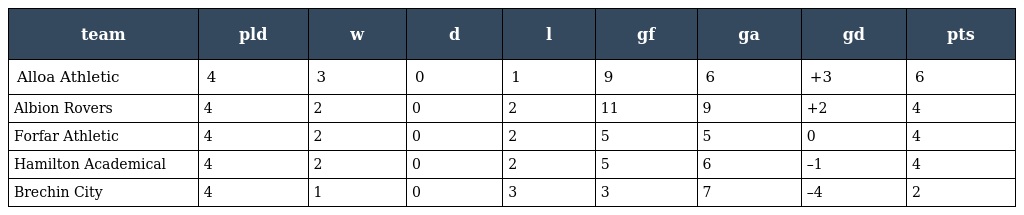
| team | pld | w | d | l | gf | ga | gd | pts |
 | --- | --- | --- | --- | --- | --- | --- | --- | --- |
 | Alloa Athletic | 4 | 3 | 0 | 1 | 9 | 6 | +3 | 6 |
 | Albion Rovers | 4 | 2 | 0 | 2 | 11 | 9 | +2 | 4 |
 | Forfar Athletic | 4 | 2 | 0 | 2 | 5 | 5 | 0 | 4 |
 | Hamilton Academical | 4 | 2 | 0 | 2 | 5 | 6 | –1 | 4 |
 | Brechin City | 4 | 1 | 0 | 3 | 3 | 7 | –4 | 2 |